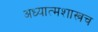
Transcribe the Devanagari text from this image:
अध्यात्मशास्त्रच